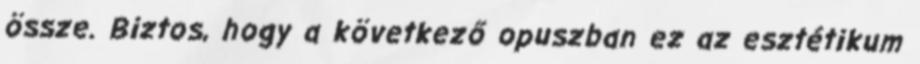
össze. Biztos, hogy a következő opuszban ez az esztétikum